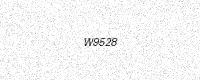
Text: W9528